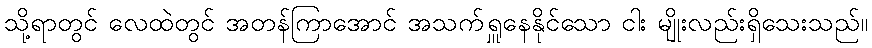
သို့ရာတွင် လေထဲတွင် အတန်ကြာအောင် အသက်ရှူနေနိုင်သော ငါး မျိုးလည်းရှိသေးသည်။